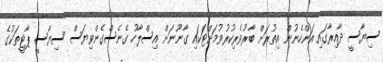
ސިޔާސީ ދާއިރާގައި އަންހެނުން އިތުރަށް ބާރުވެރިކުރުވުމަށްޓަކައި ގާނޫނަށް އިސްލާހު ގެނެސްގެންވިޔަސް ސިޔާސީ ޕާޓީތަކުގެ